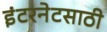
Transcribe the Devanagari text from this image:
इंटरनेटसाठी